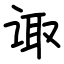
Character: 诹